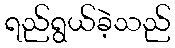
ရည်ရွယ်ခဲ့သည်